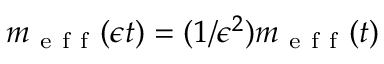
m _ { \mathrm { ~ e ~ f ~ f ~ } } ( \epsilon t ) = ( 1 / \epsilon ^ { 2 } ) m _ { \mathrm { ~ e ~ f ~ f ~ } } ( t )